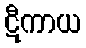
ဋီကာယ